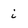
Character: i